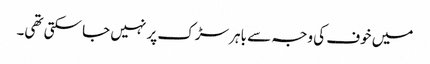
میں خوف کی وجہ سے باہر سڑک پر نہیں جا سکتی تھی۔